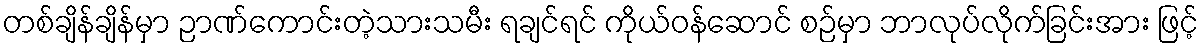
တစ်ချိန်ချိန်မှာ ဉာဏ်ကောင်းတဲ့သားသမီး ရချင်ရင် ကိုယ်ဝန်ဆောင် စဉ်မှာ ဘာလုပ်လိုက်ခြင်းအား ဖြင့်